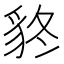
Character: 𧲴